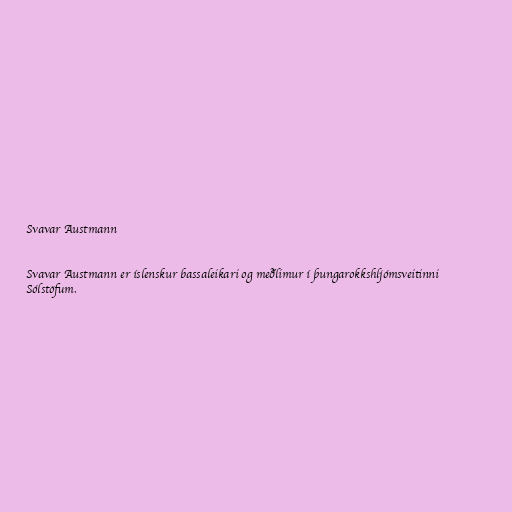
Svavar Austmann

Svavar Austmann er íslenskur bassaleikari og meðlimur í þungarokkshljómsveitinni
Sólstöfum.